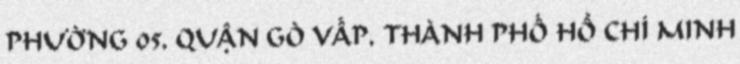
PHƯỜNG 05, QUẬN GÒ VẤP, THÀNH PHỐ HỒ CHÍ MINH